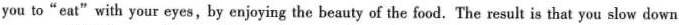
you to"eat" with your eyes,by enjoying the beauty of the food. The result is that you slow down